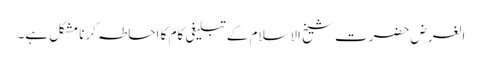
الغرض حضرت شیخ الاسلام کےتبلیغی کام کا احاطہ کرنا مشکل ہے۔